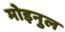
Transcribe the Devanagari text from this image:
मोइनुल